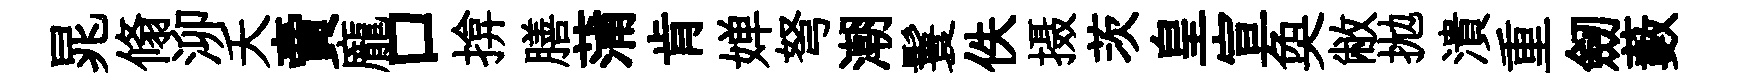
晁翛泖夭賣龐口揜膳蒲肯婵弩潮鬟佚摄茨皇宣奐敝拋潰重劒藪